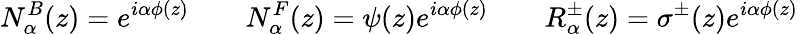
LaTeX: N_{\alpha}^{B}(z)=e^{i\alpha\phi(z)}\qquad N_{\alpha}^{F}(z)=\psi(z)e^{i\alpha\phi(z)}\qquad R_{\alpha}^{\pm}(z)=\sigma^{\pm}(z)e^{i\alpha\phi(z)}